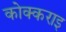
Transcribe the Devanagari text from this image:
कोक्कराइ